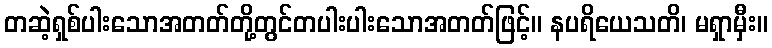
တဆဲ့ရှစ်ပါးသောအတတ်တို့တွင်တပါးပါးသောအတတ်ဖြင့်။ နပရိယေသတိ၊ မရှာမှီး။